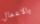
بالاعمال